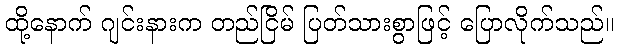
ထို့နောက် ဂျင်းနားက တည်ငြိမ် ပြတ်သားစွာဖြင့် ပြောလိုက်သည်။